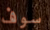
سوف